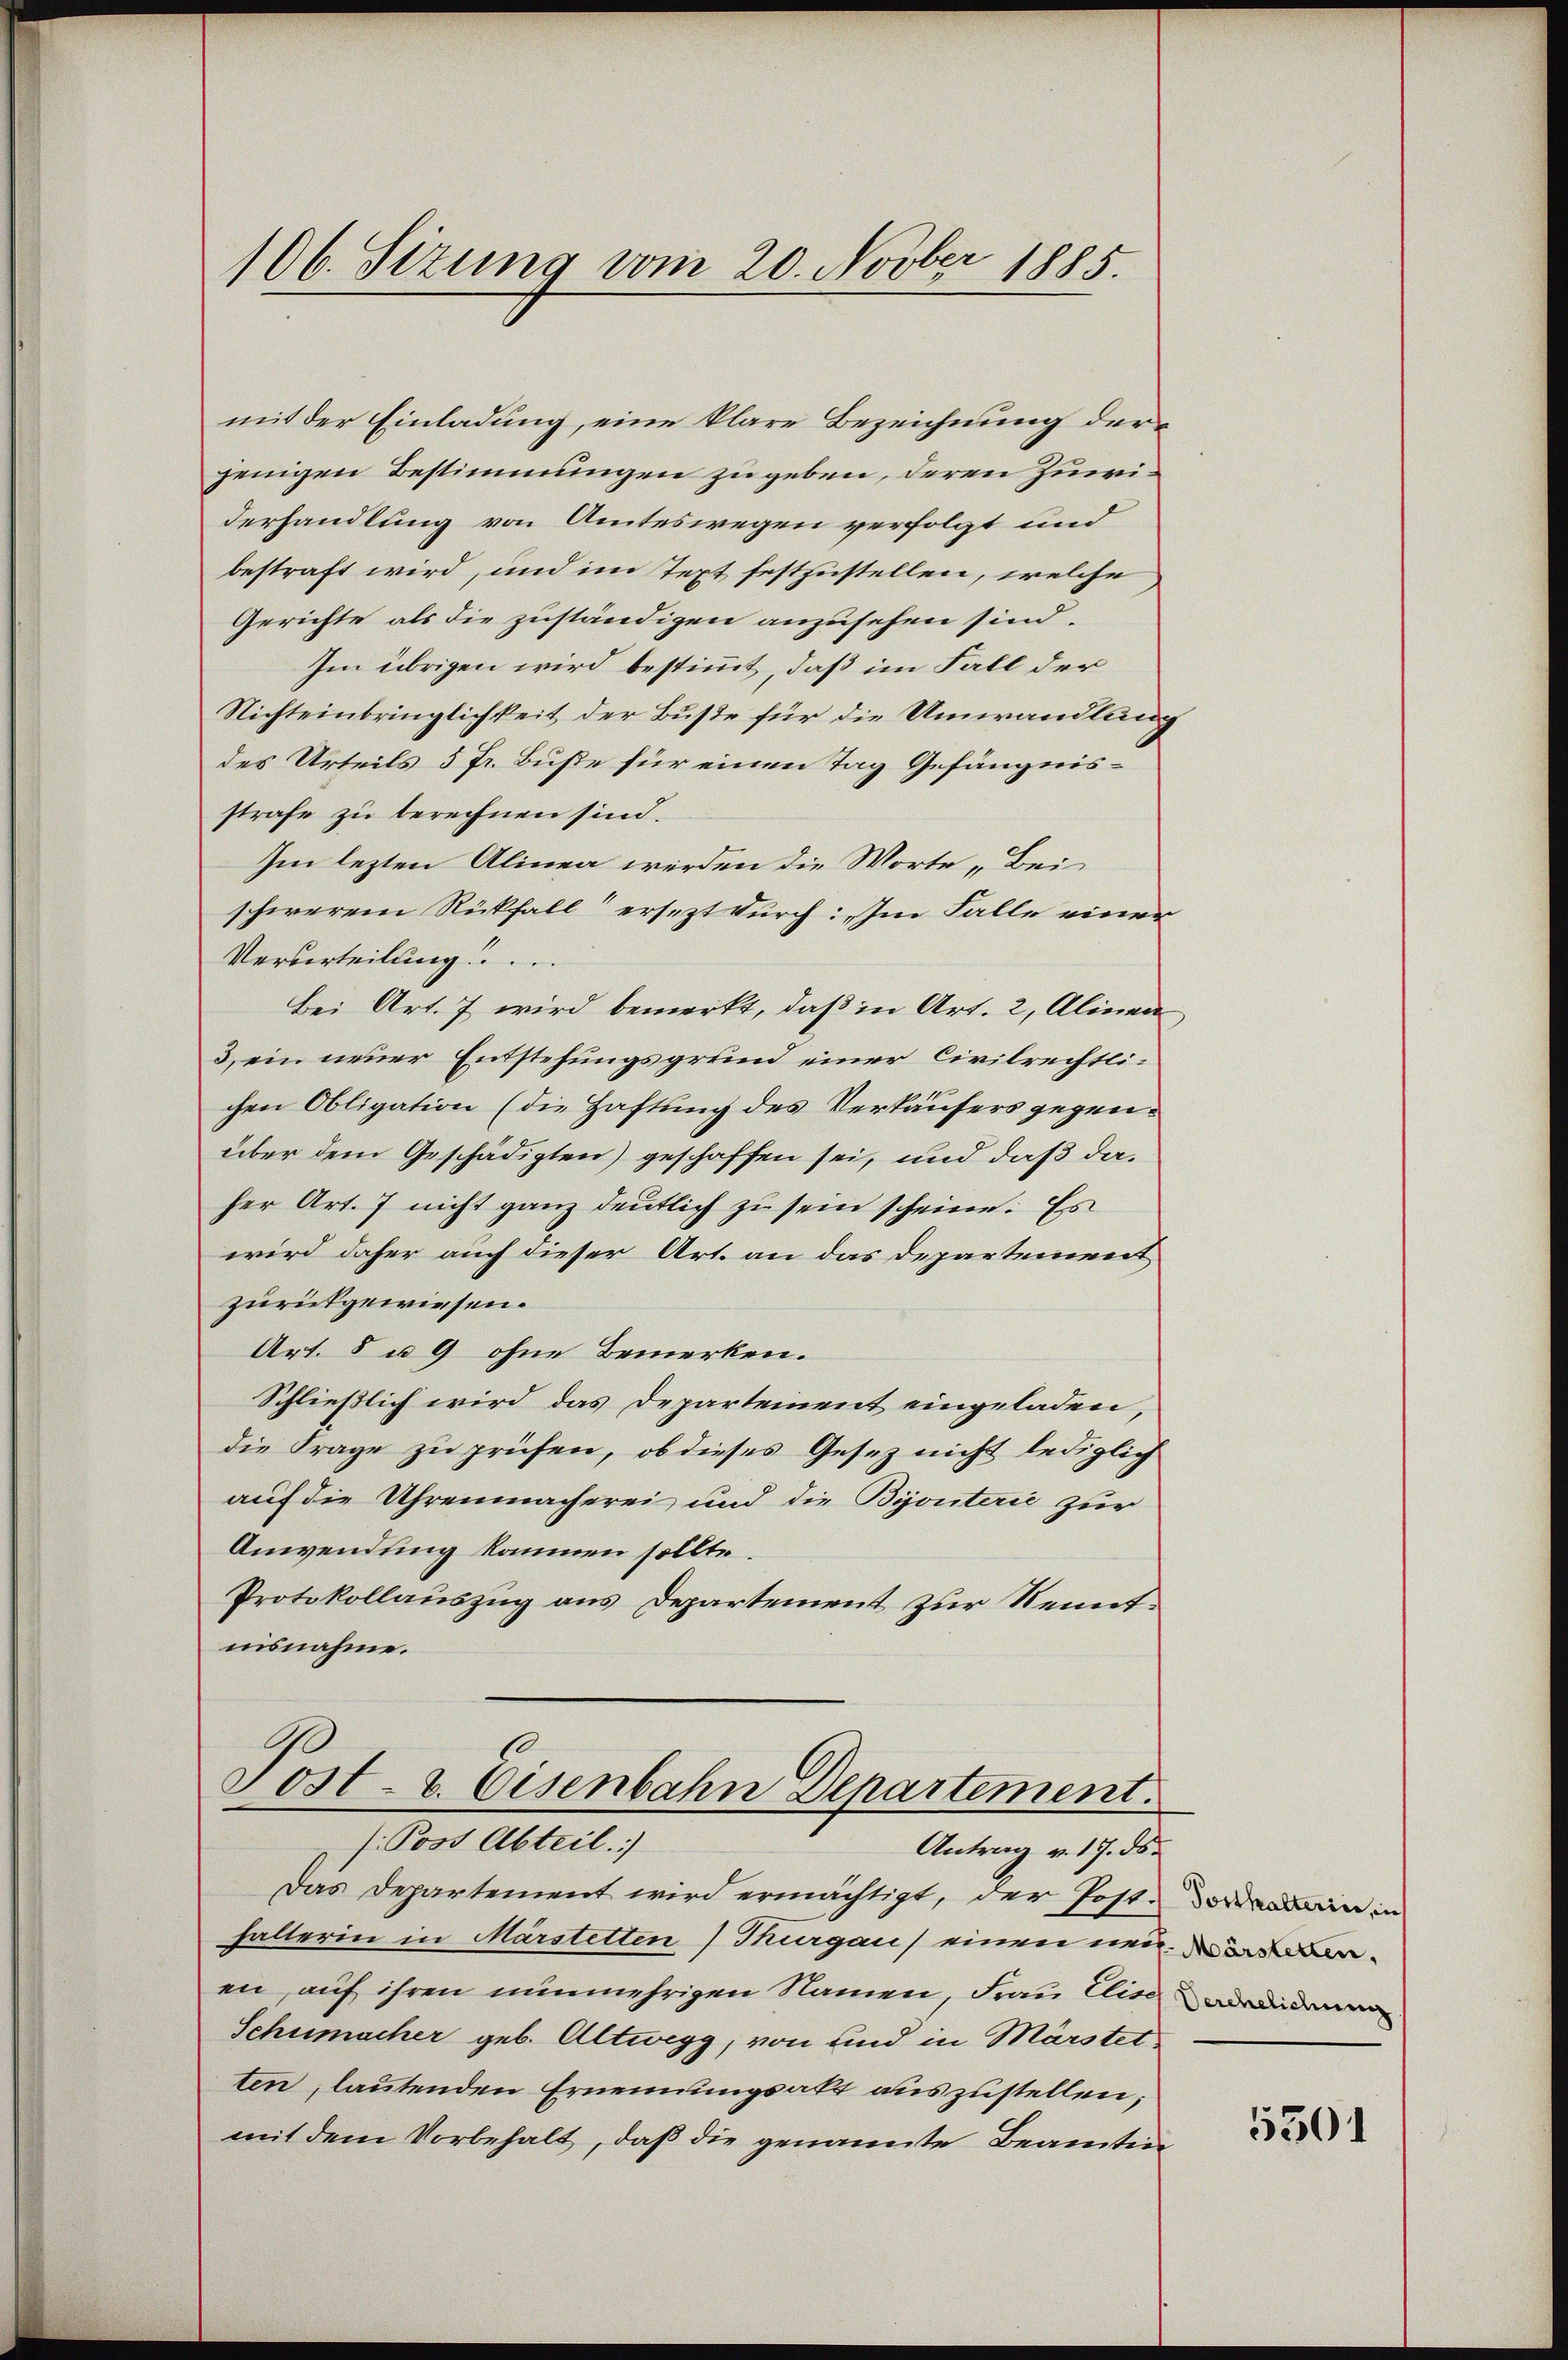
mit der Einladung, eine klare Bezeichnung derjenigen Bestimmungen zu geben, deren Zumiderhandlung von Amteswegen verfolgt und
bestraft wird, und im Text festzustellen, welche
Gerichte als die zuständigen anzusehen sind.
Im übrigen wird bestimmt, daß im Fall der
Nichteinbringlichkeit der Buße für die Umwandlung
des Urteils 5 fr. Buße für einen Tag Gefängnisstrafe zu berechnen sind.
Im lezten Alinen werden die Worte „Bei
schwerem Rückfall“ ersezt durch: „Im Falle einer
Verurteilung!
Bei Art. 7 wird bemerkt, daß in Art. 2, Alinen
3) ein neuer Entstehungsgrund einer Civilrechtlichen Obligation (die Haftung des Verkäufers gegenüber dem Geschädigten) geschaffen sei, und daß daher Art. 7 nicht ganz deutlich zu sein scheine. Es
wird daher auch dieser Art. an das Departement
zurückgewiesen.
Art. 8 u. 9 ohne Bemerken.
Schließlich wird das Departement eingeladen,
die Frage zu prüfen, ob dieses Gesetz nicht lediglich
auf die Uhrenmacherei und die Bijouterić zur
Anwendung kommen sollte.
Protokollauszug aus Departement zur Kenntnisnahme.

106. Sizung vom 20. Novber 1885.

10
Post- & Eisenbahn Departement.
/. Post Abteil)
Antrag v. 17. ds.

Das Departement wird ermächtigt, der Jost. in in
halterin in Märstetten) Thurgau, einen neueren, auf ihren nunmehrigen Namen, Frau Elise andenen
Schumacher geb. Altwegg, von und in Märstet
ten, lautenden Ernennungsakt auszustellen;
mit dem Vorbehalt, daß die genannte Beamten

5501